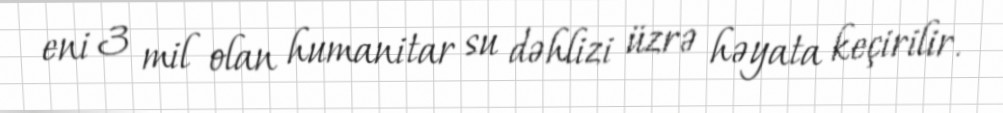
eni 3 mil olan humanitar su dəhlizi üzrə həyata keçirilir.